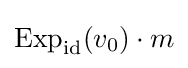
\operatorname {Exp} _{\rm {id}}(v_{0})\cdot m